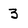
Character: 3